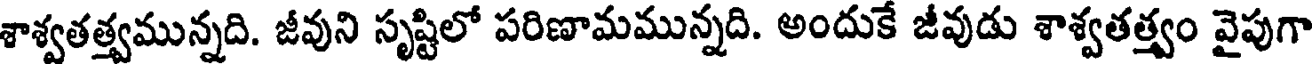
శాశ్వతత్త్వమున్నది. జీవుని సృష్టిలో పరిణామమున్నది. అందుకే జీవుడు శాశ్వతత్త్వం వైపుగా